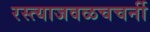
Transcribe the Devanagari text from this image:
रस्त्याजवळचचर्नी